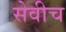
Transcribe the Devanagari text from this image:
सेवीच